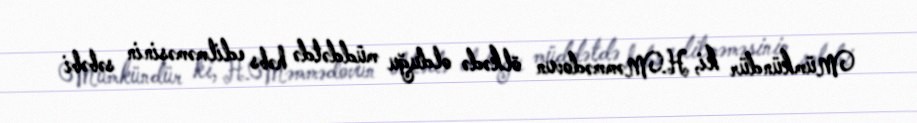
Mümkündür ki, H.Məmmədovun ölkədə olduğu müddətdə həbs edilməməsinin səbəbi